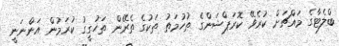
ބްލެޓާގެ މައްޗަށް ކުރެވޭ ކޮރަޕްޝަންގެ ތުހުމަތު ތަކުގެ ތެރޭން ތަހުގީގު ކުރަމުން އަންނަނީ